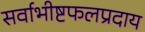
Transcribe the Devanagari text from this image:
सर्वाभीष्टफलप्रदाय